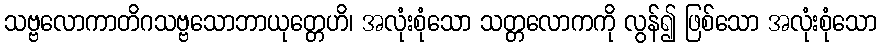
သဗ္ဗလောကာတိဂသဗ္ဗသောဘာယုတ္တေဟိ၊ အလုံးစုံသော သတ္တလောကကို လွန်၍ ဖြစ်သော အလုံးစုံသော